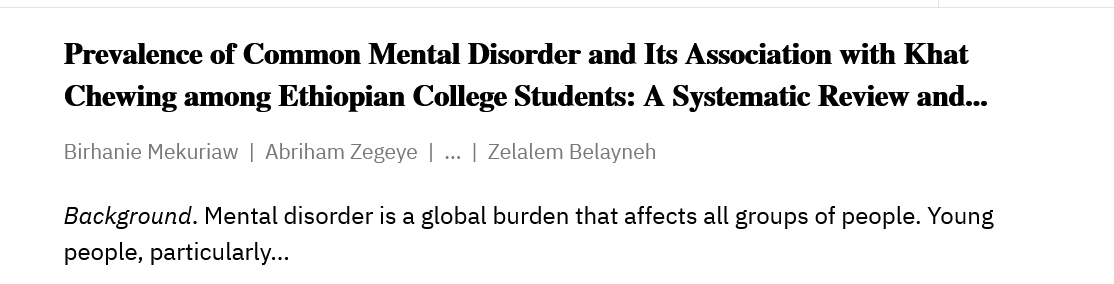
Prevalence of Common    Mental  Disorder and Its Association with Khat
     Chewing  among   Ethiopian College Students:  A Systematic  Review and..
     Birhanie Mekuriaw | Abriham Zegeye
     |
     ...
     | Zelalem Belayneh
     Background. Mental disorder is a global burden that affects all groups of people. Young
     people, particularly...